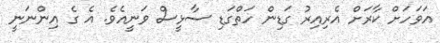
އަވަހަށް ކާރަށް އެރިއިރު ގަޑިން ހަތްގަޑި ސާޅީސް ވަނީއެވެ. އެ ގެ އިންނަނީ